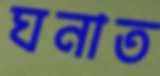
ঘনাত